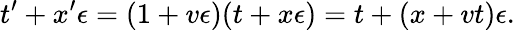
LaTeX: t^{\prime}+x^{\prime}\epsilon=(1+v\epsilon)(t+x\epsilon)=t+(x+vt)\epsilon.